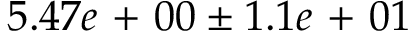
5 . 4 7 e \mathrm { ~ + ~ } 0 0 \pm 1 . 1 e \mathrm { ~ + ~ } 0 1